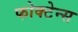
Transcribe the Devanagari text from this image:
फोक्टेन्स